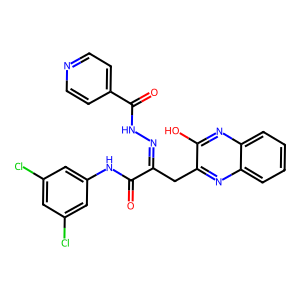
SMILES: O=C(Nc1cc(Cl)cc(Cl)c1)C(Cc1nc2ccccc2nc1O)=NNC(=O)c1ccncc1
Inhibits HIV replication: No